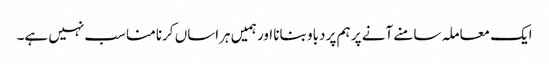
ایک معاملہ سامنے آنے پر ہم پر دباو بنانا اور ہمیں ہراساں کرنا مناسب نہیں ہے۔